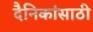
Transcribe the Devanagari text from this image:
दैनिकांसाठी